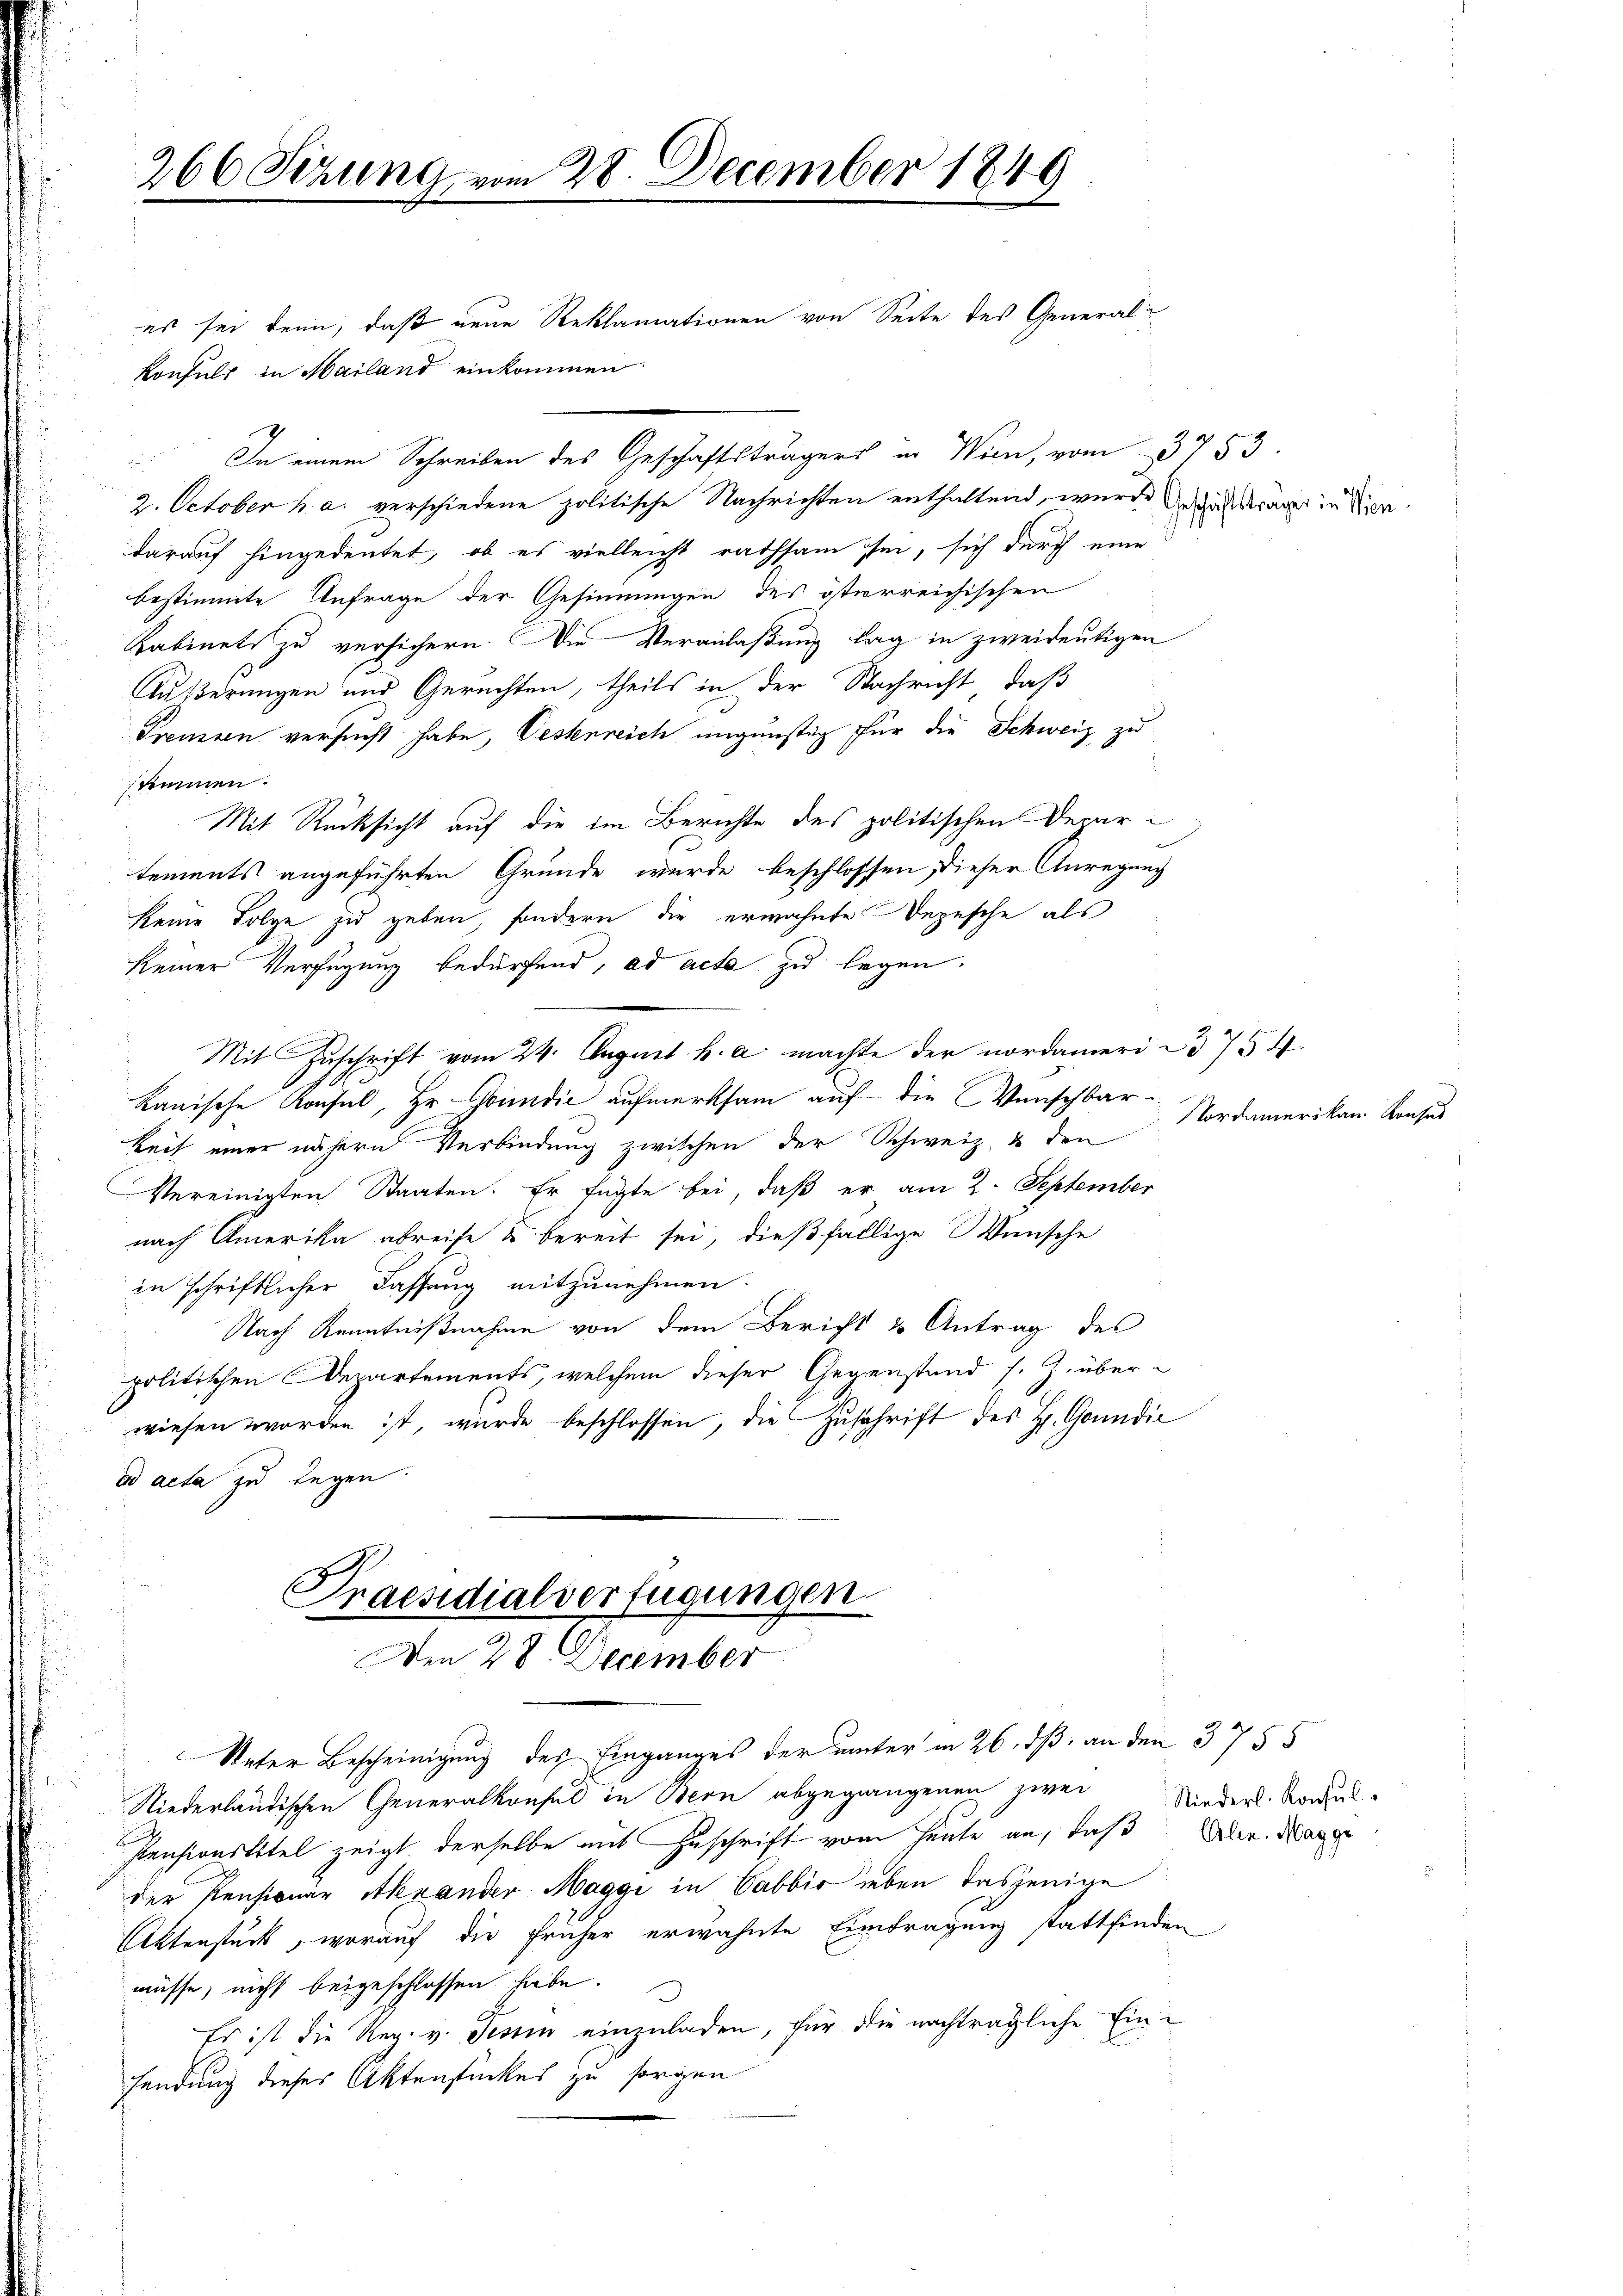
266 Sezung vo

es sei denn, daß neue Reklamationen von Seite des General¬
Konsuls in Mailand einkommen
In einem Schreiben des Geschäftsträgers in Wien, vom 3753.
2. October h. a. verschiedene politische Nachrichten enthaltend, wurde der anderauer in diendarauf hingedeutet, ob es vielleicht rathsam sei, sich durch eine
bestimmte Anfrage der Gesinnungen des österreichischen
Kabinets zu versichern. Die Veranlaßung lag in zweideutigen
Äußerungen und Gerichten, theils in der Nachricht, daß
Preussen versucht habe, Oestenreich ungünstig für die Schweiz zu
stimmen.
Mit Rücksicht auf die im Berichte des politischen Departements angeführten Gründe wurde beschlossen, dieser Anregung
keine Folge zu geben, sondern die erwähnte Depesche als
keiner Verfügung bedürfend, ad acta zu legen.
Mit Zuschrift vom 24. August h. a. machte der nordamer 754.
kanische Konsul, Hr. Grundić aufmerksam auf die Wünschbarkeit einer nähern Verbindung zwischen der Schweiz & den
Vereinigten Staaten. Er fügte bei, daß er am 2. September
nach Amerika abreise & bereit sei, dießfällige Wünsche
in schriftlicher Fassung mitzunehmen.
Nach Kenntnißnahme von dem Bericht & Antrag des
politischen Departements, welchem dieser Gegenstand s. Z. überwiesen worden ist, wurde beschlossen, die Zuschrift des H. Goundie
ad acta zu legen
Praesidialverfügungen
Den 28. December
Veter Bescheinigung des Einganges der unter in 26. dß an den 3755
Niederlandischen Generalkonsul in Bern abgegangenen zwei
Pensionstitel zeigt derselbe mit Zuschrift vom heute an, daß
der Pensionar Alexander Maggi in Cabbio leben dasjenige
Aktenstück, worauf die früher erwähnte Eintragung stattfinde
müsse, nicht beigeschlossen habe.
Es ist die Reg. v. Tessin einzuladen, für die nachträgliche Ein-
sendung dieses Aktenstückes zu sorgen

n 28. December 1849

e
2

Nordamerikan. Konses

Riederl. Konsul
Alen. Magge